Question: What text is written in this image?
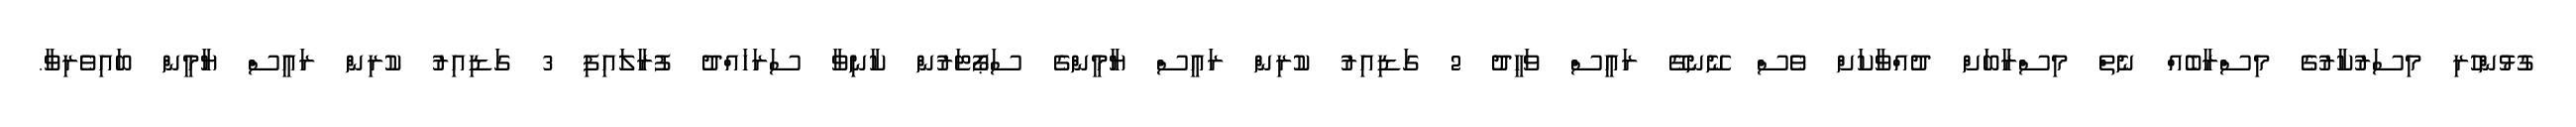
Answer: ގުޅުންހުރި މިސަރުކާރުގެ މިސްރާބެއް ނެތް މިސްރާބަށް ދުއްވާކަށް ވެސް ނޭނގޭ ރައީސް ވަހީދު 2 ގަޑިއިރު ކުރިން ރައީސް ޔާމީންގެ ސަޕޯޓަރުން ކާނިވާ ސަރަހައްދު ފުރާލައިފި 3 ގަޑިއިރު ކުރިން ރައީސް ޔާމީން ބައިވެރިވާ.